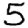
Digit: 5